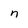
Character: n